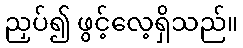
ညှပ်၍ ဖွင့်လေ့ရှိသည်။